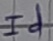
Text: Id